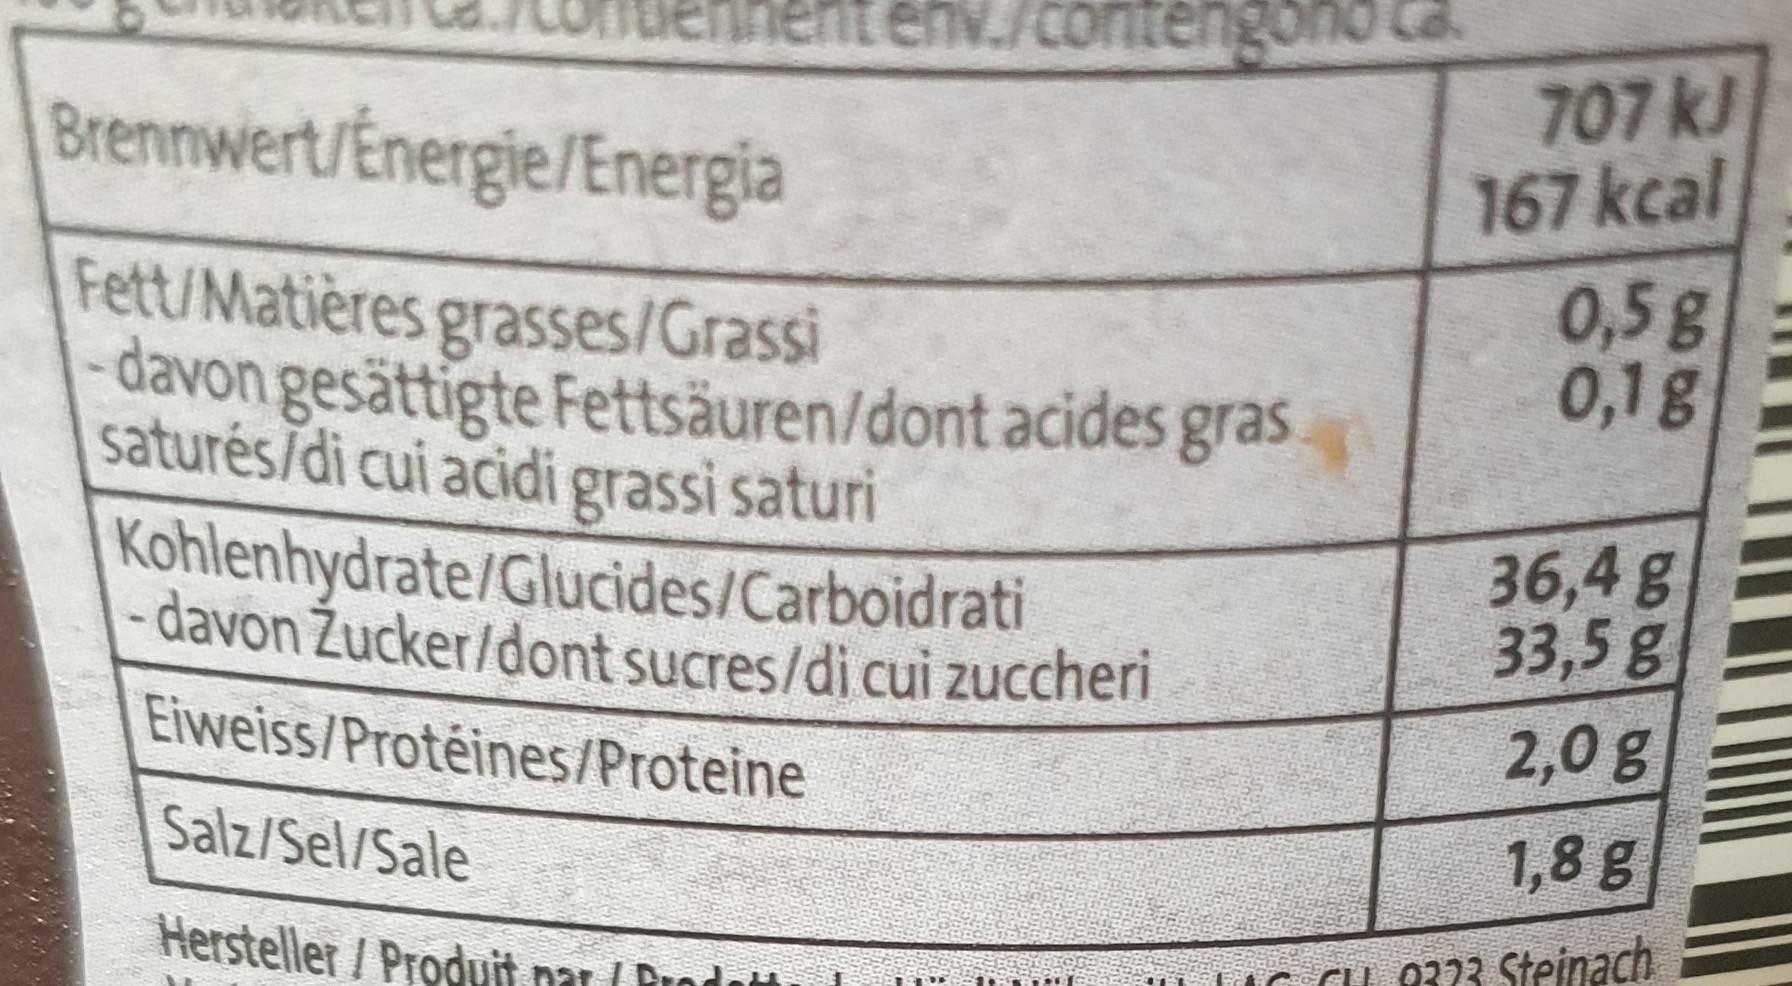
tenv./contengono ca
Brennwert/Energie/Energia
707 kJ 167 kcal
0,5g 0,1g
Fett/Matières grasses/Grassi davon gesättigte Fettsäuren/dont acides gras saturés/di cui acidi grassi saturi Kohlenhydrate/Glucides/Carboidrati -davon Žucker/dont sucres/di cui zuccheri
36,4 g 33,5g
Eiweiss/Protéines/Proteine
2,0 g
Salz/Sel/Sale
1,8g
Hersteller / Produit nar ( Prodat
CCH 8323 Steinach